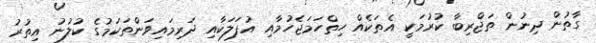
ގާތުން ދިނުން ތަޖްރިބާ ކުރުމަކީ އެތަކެއް ހިތްހަމަޖެހުމާއި އުފަލަކާއި ދަރިމައިވަންތަކަމުގެ ކުލުނު އިތުރު